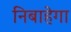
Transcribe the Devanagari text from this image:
निबाहेगा